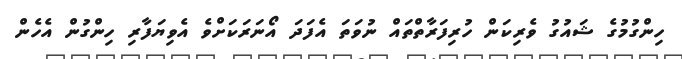
ހިންގުމުގެ ޝައުގު ވެރިކަން ހުރިފަރާތްތައް ނުވަތަ އެފަދަ އޯނަރަކަށްވެ އެވިޔަފާރި ހިންގުން އެހެން